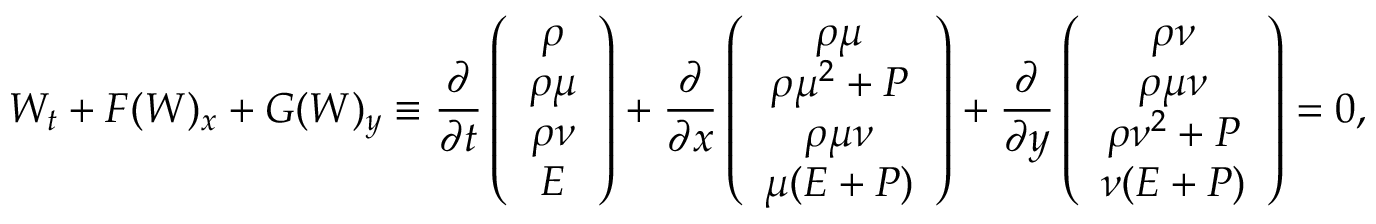
W _ { t } + F ( W ) _ { x } + G ( W ) _ { y } \equiv \frac { \partial } { \partial t } \left( \begin{array} { c } { \rho } \\ { \rho \mu } \\ { \rho \nu } \\ { E } \end{array} \right) + \frac { \partial } { \partial x } \left( \begin{array} { c } { \rho \mu } \\ { \rho \mu ^ { 2 } + P } \\ { \rho \mu \nu } \\ { \mu ( E + P ) } \end{array} \right) + \frac { \partial } { \partial y } \left( \begin{array} { c } { \rho \nu } \\ { \rho \mu \nu } \\ { \rho \nu ^ { 2 } + P } \\ { \nu ( E + P ) } \end{array} \right) = 0 ,